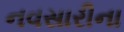
નવસારીના